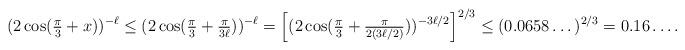
LaTeX: \begin{align*}(2 \cos(\tfrac{\pi}{3} + x))^{-\ell} \leq (2 \cos(\tfrac{\pi}{3} + \tfrac{\pi}{3\ell}))^{-\ell} = \Big[(2 \cos(\tfrac{\pi}{3} + \tfrac{\pi}{2(3\ell/2)}))^{-3\ell/2} \Big]^{2/3} \leq (0.0658\dots)^{2/3} = 0.16\dots. \end{align*}